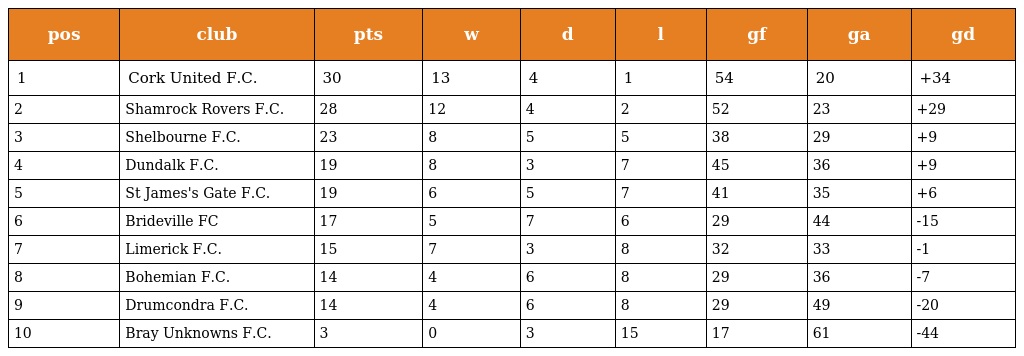
| pos | club | pts | w | d | l | gf | ga | gd |
 | --- | --- | --- | --- | --- | --- | --- | --- | --- |
 | 1 | Cork United F.C. | 30 | 13 | 4 | 1 | 54 | 20 | +34 |
 | 2 | Shamrock Rovers F.C. | 28 | 12 | 4 | 2 | 52 | 23 | +29 |
 | 3 | Shelbourne F.C. | 23 | 8 | 5 | 5 | 38 | 29 | +9 |
 | 4 | Dundalk F.C. | 19 | 8 | 3 | 7 | 45 | 36 | +9 |
 | 5 | St James's Gate F.C. | 19 | 6 | 5 | 7 | 41 | 35 | +6 |
 | 6 | Brideville FC | 17 | 5 | 7 | 6 | 29 | 44 | -15 |
 | 7 | Limerick F.C. | 15 | 7 | 3 | 8 | 32 | 33 | -1 |
 | 8 | Bohemian F.C. | 14 | 4 | 6 | 8 | 29 | 36 | -7 |
 | 9 | Drumcondra F.C. | 14 | 4 | 6 | 8 | 29 | 49 | -20 |
 | 10 | Bray Unknowns F.C. | 3 | 0 | 3 | 15 | 17 | 61 | -44 |